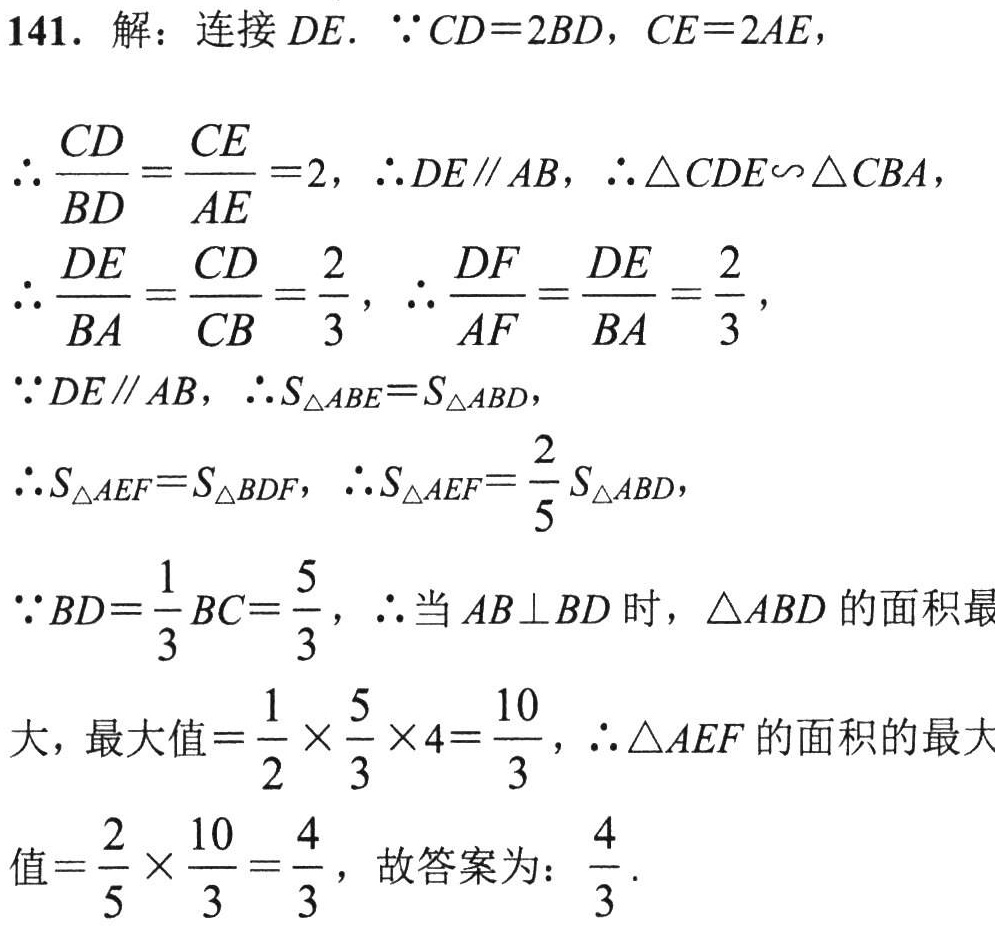
141. 解：连接 \(DE\). \(\because CD = 2BD\)，\(CE = 2AE\)，
\(\therefore \frac{CD}{BD}=\frac{CE}{AE}=2\)，\(\therefore DE\parallel AB\)，\(\therefore \triangle CDE\sim\triangle CBA\)，
\(\therefore \frac{DE}{BA}=\frac{CD}{CB}=\frac{2}{3}\)，\(\therefore \frac{DF}{AF}=\frac{DE}{BA}=\frac{2}{3}\)，
\(\because DE\parallel AB\)，\(\therefore S_{\triangle ABE}=S_{\triangle ABD}\)，
\(\therefore S_{\triangle AEF}=S_{\triangle BDF}\)，\(\therefore S_{\triangle AEF}=\frac{2}{5}S_{\triangle ABD}\)，
\(\because BD = \frac{1}{3}BC=\frac{5}{3}\)，\(\therefore\)当 \(AB\perp BD\) 时，\(\triangle ABD\) 的面积最
大，最大值 \(=\frac{1}{2}\times\frac{5}{3}\times4 = \frac{10}{3}\)，\(\therefore\triangle AEF\) 的面积的最大
值 \(=\frac{2}{5}\times\frac{10}{3}=\frac{4}{3}\)，故答案为：\(\frac{4}{3}\).